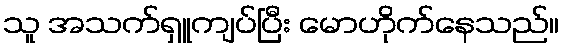
သူ အသက်ရှူကျပ်ပြီး မောဟိုက်နေသည်။